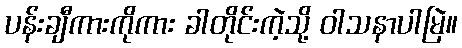
ပန်းချီကားကိုကား ခါတိုင်းကဲ့သို့ ဝါသနာပါမြဲ။